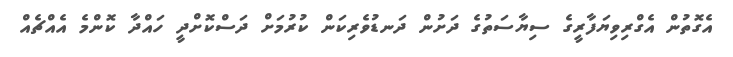
އެގޮތުން އެގްރިވިޔަފާރީގެ ސިޔާސަތުގެ ދަށުން ދަނޑުވެރިކަން ކުރުމަށް ދަސްކޮށްދީ ހައްދާ ކޮންމެ އެއްޗެއް